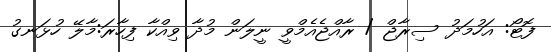
ފޮޓޯ: އަހުމަދު ސިރާޖް / ރާއްޖެއެމްވީ ނީލަން މުދާ ވިއްކާ ފިހާރަ:މާލޭ ހުޅަނގު